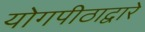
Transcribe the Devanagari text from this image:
योगपीठाद्वारे